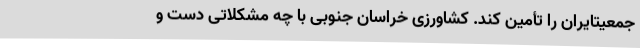
جمعیتایران را تأمین کند. کشاورزی خراسان جنوبی با چه مشکلاتی دست و